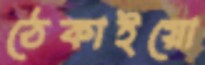
ঠেকাইয়ো